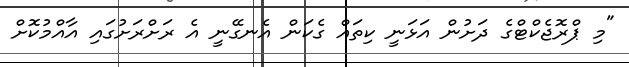
"މި ޕްރޮޖެކްޓްގެ ދަށުން އަޅަނީ ކިތައް ގެކަން އެނގޭނީ އެ ރަށްރަށުގައި އާއްމުކޮށް